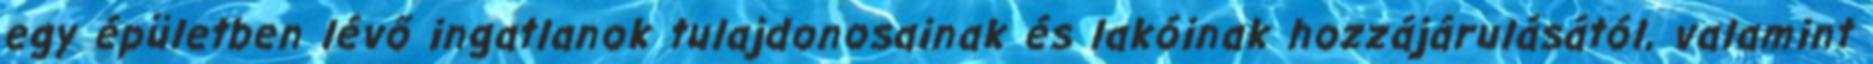
egy épületben lévő ingatlanok tulajdonosainak és lakóinak hozzájárulásától, valamint